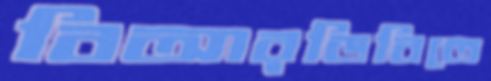
বিআরডিবিতে